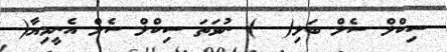
ސިކްލް ސެލް ބަލި(  ) ނުވަތަ ސިކްލް ސެލް އެނީމިޔާ(